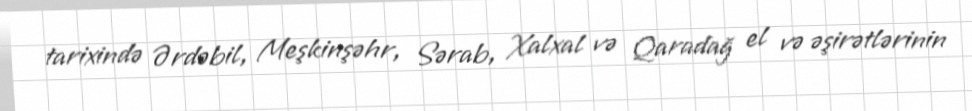
tarixində Ərdəbil, Meşkinşəhr, Sərab, Xalxal və Qaradağ el və əşirətlərinin